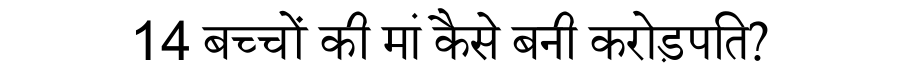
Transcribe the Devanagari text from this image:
14 बच्चों की मां कैसे बनी करोड़पति?